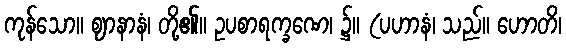
ကုန်သော။ ဈာနာနံ၊ တို့၏။ ဥပစာရက္ခဏေ၊ ၌။ (ပဟာနံ၊ သည်။ ဟောတိ၊